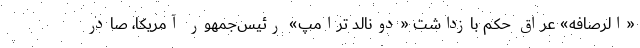
«الرصافه» عراق حکم بازداشت «دونالد ترامپ» رئیس‌جمهور آمریکا، صادر